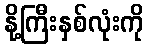
နို့ကြီးနှစ်လုံးကို